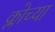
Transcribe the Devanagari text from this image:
क्लोच्या